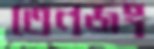
তেনজং